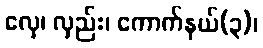
လှေ၊ လှည်း၊ ကောက်နယ်(၃)၊